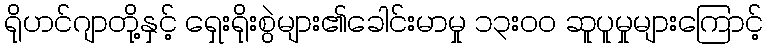
ရိုဟင်ဂျာတို့နှင့် ရှေးရိုးစွဲများ၏ခေါင်းမာမှု ၁၃းဝဝ ဆူပူမှုများကြောင့်